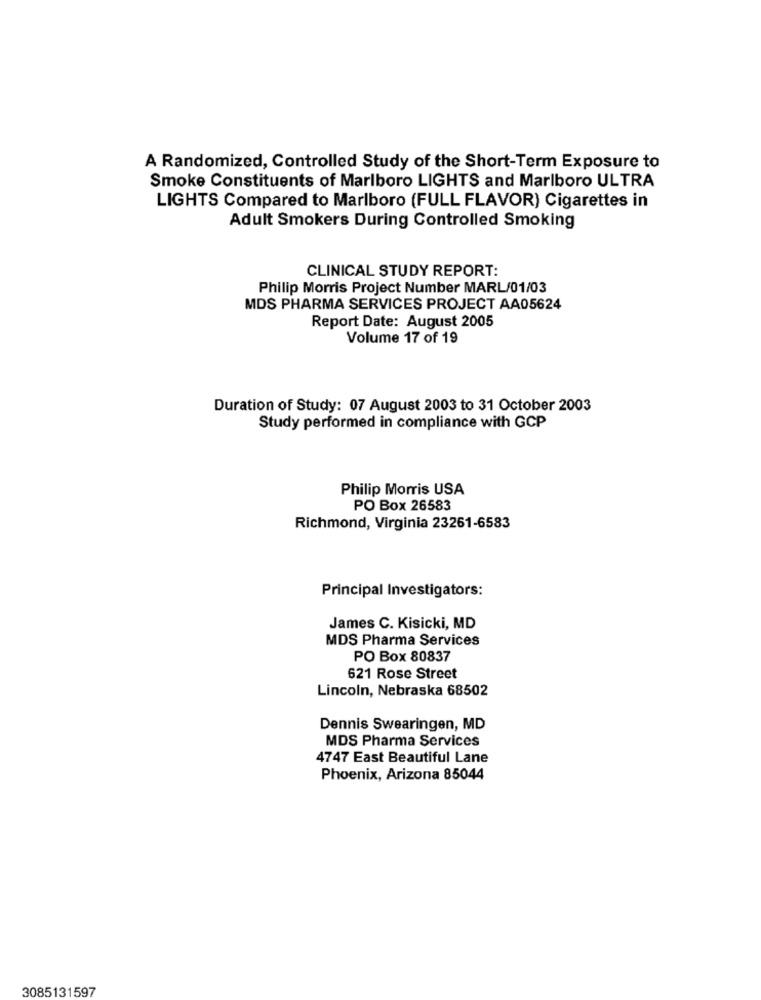
A Randomized, Controlled Study of the Short-Term Exposure to
Smoke Constituents of Marlboro LIGHTS and Marlboro ULTRA
LIGHTS Compared to Marlboro (FULL FLAVOR) Cigarettes in
Adult Smokers During Controlled Smoking
CLINICAL STUDY REPORT:
Philip Morris Project Number MARL/01/03
MDS PHARMA SERVICES PROJECT AA05624
Report Date: August 2005
Volume 17 of 19
Duration of Study: 07 August 2003 to 31 October 2003
Study performed in compliance with GCP
Philip Morris USA
PO Box 26583
Richmond, Virginia 23261-6583
Principal Investigators:
James C. Kisicki, MD
MDS Pharma Services
PO Box 80837
621 Rose Street
Lincoln, Nebraska 68502
Dennis Swearingen, MD
MDS Pharma Services
4747 East Beautiful Lane
Phoenix, Arizona 85044
3085131597